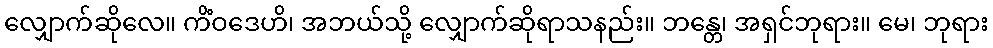
လျှောက်ဆိုလေ။ ကိံဝဒေဟိ၊ အဘယ်သို့ လျှောက်ဆိုရာသနည်း။ ဘန္တေ၊ အရှင်ဘုရား။ မေ၊ ဘုရား